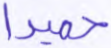
حميدا